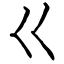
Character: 巜